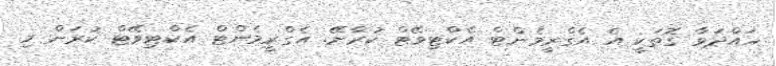
ހައްދަވާ ގޮތަކީ އެ އެގްރީމެންޓް އެކްޓިވޭޓް ކުރާށޭ. އެގްރީމެންޓް އެކްޓިވޭޓް ކުރަން މި